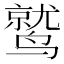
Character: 鹫